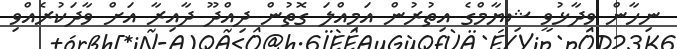
ނިހާން ވިދާޅުވީ ޝިޔާމްގެ އިތުރުން އަމިއްލަ ގޮތުން ދިއްދޫ ދާއިރާ އަށް ވާދަކުރެއްވި